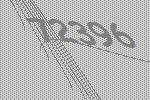
72396